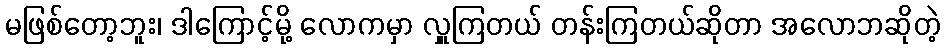
မဖြစ်တော့ဘူး၊ ဒါကြောင့်မို့ လောကမှာ လှူကြတယ် တန်းကြတယ်ဆိုတာ အလောဘဆိုတဲ့